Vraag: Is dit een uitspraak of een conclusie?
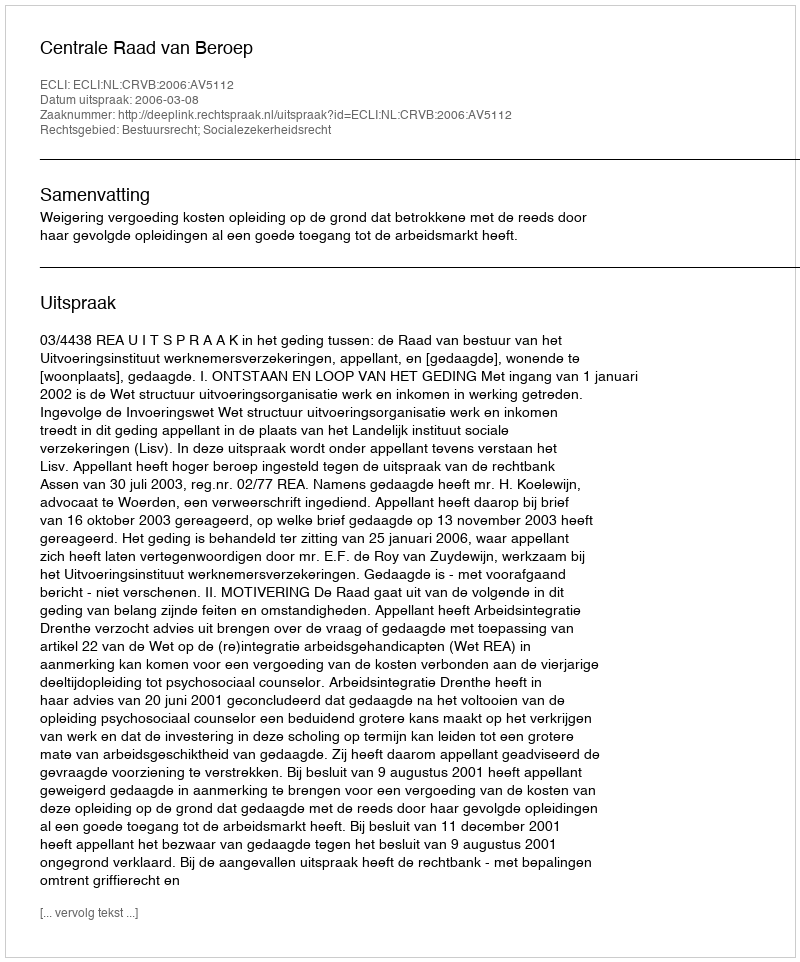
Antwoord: Uitspraak